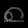
Digit: ၈